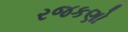
રજકણો